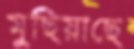
মুছিয়াছে